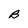
Character: B